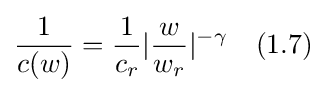
{\frac {1}{c(w)}}={\frac {1}{c_{r}}}|{\frac {w}{w_{r}}}|^{-\gamma }\quad (1.7)